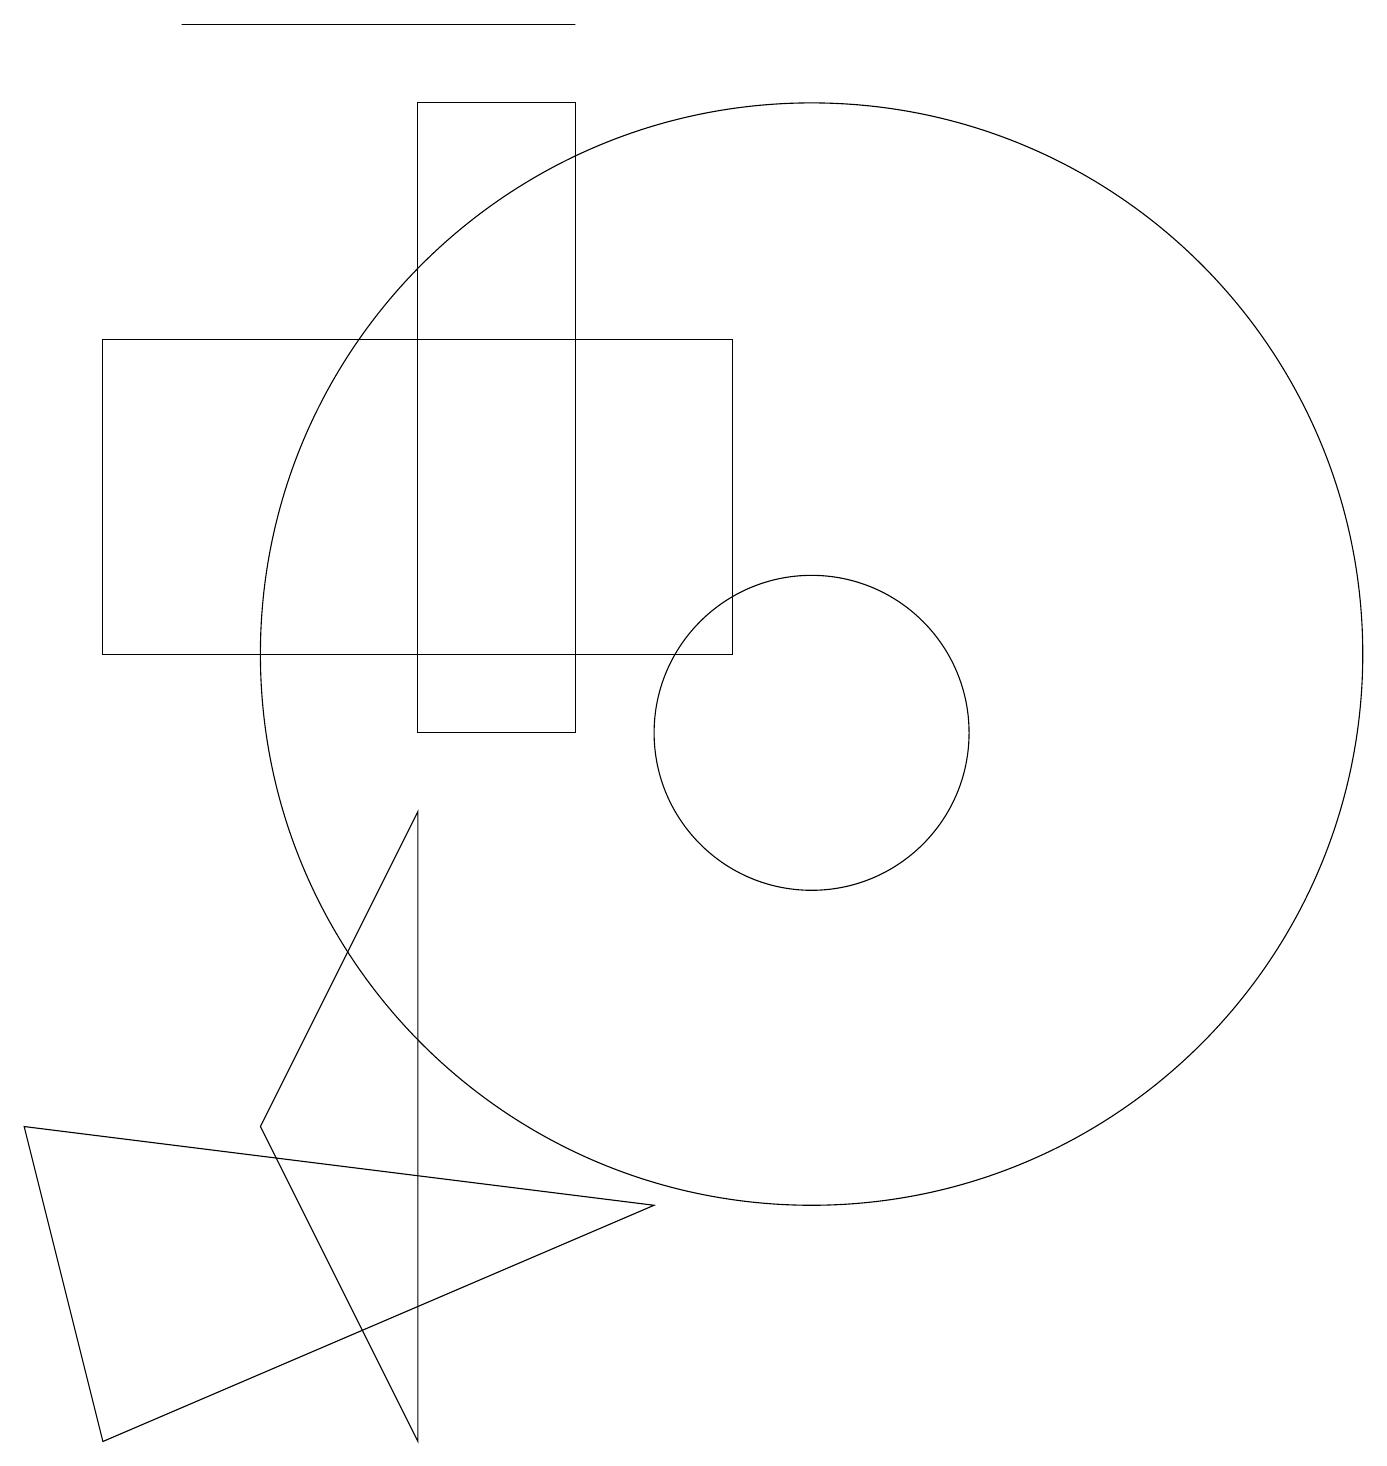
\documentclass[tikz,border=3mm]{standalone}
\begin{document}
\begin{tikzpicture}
\draw (3,5) -- (5,1) -- (5,9) -- cycle;
\draw (1,1) -- (0,5) -- (8,4) -- cycle;
\draw (7,19) rectangle (2,19);
\draw (10,10) circle (2);
\draw (5,18) rectangle (7,10);
\draw (10,11) circle (7);
\draw (9,15) rectangle (1,11);
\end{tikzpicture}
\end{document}